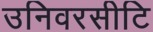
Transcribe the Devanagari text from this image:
उनिवरसीटि